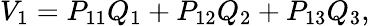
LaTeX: V_{1}=P_{11}Q_{1}+P_{12}Q_{2}+P_{13}Q_{3},